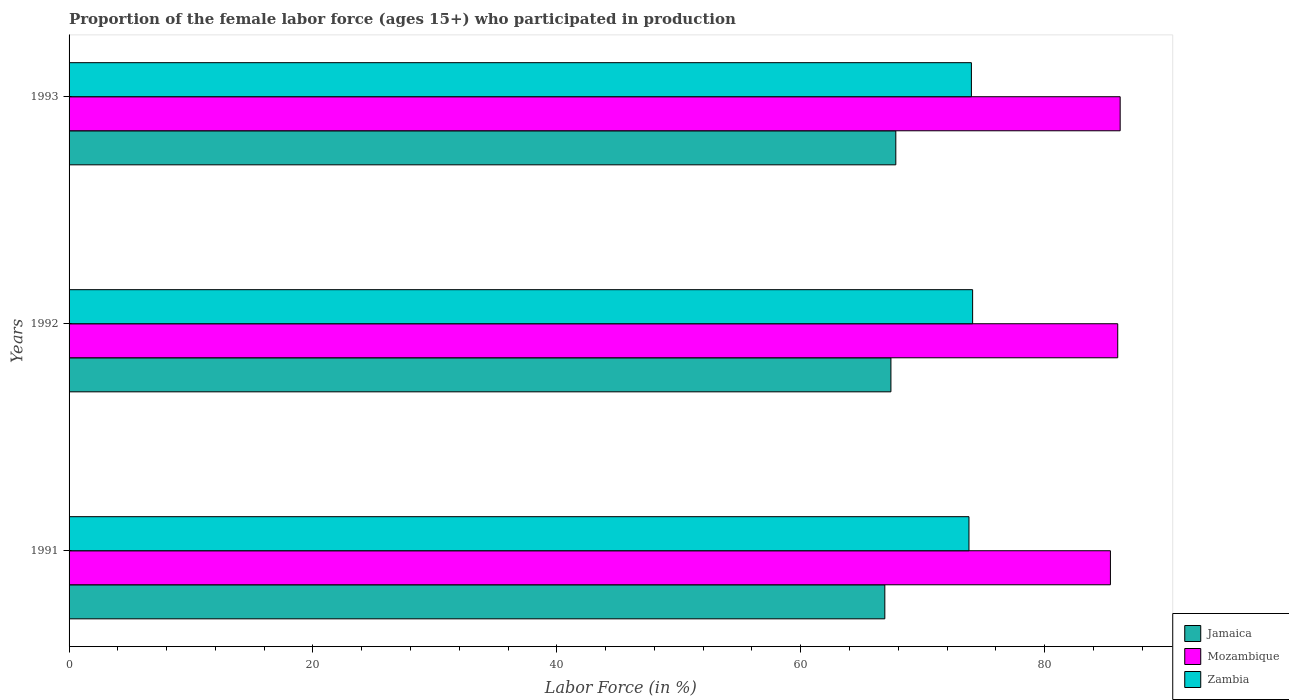
| Years | Jamaica | Mozambique | Zambia |
 | --- | --- | --- | --- |
 | 1991 | 66.9 | 85.4 | 73.8 |
 | 1992 | 67.4 | 86 | 74.1 |
 | 1993 | 67.8 | 86.2 | 74 |